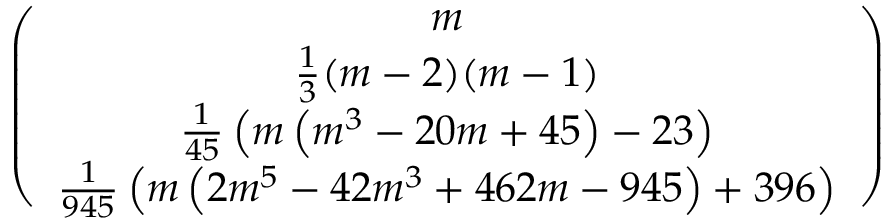
\begin{array} { r } { \left( \begin{array} { c } { m } \\ { \frac { 1 } { 3 } ( m - 2 ) ( m - 1 ) } \\ { \frac { 1 } { 4 5 } \left( m \left( m ^ { 3 } - 2 0 m + 4 5 \right) - 2 3 \right) } \\ { \frac { 1 } { 9 4 5 } \left( m \left( 2 m ^ { 5 } - 4 2 m ^ { 3 } + 4 6 2 m - 9 4 5 \right) + 3 9 6 \right) } \end{array} \right) } \end{array}